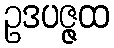
ဥဒပဇ္ဇထ